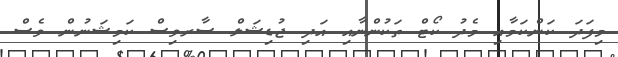
މިފަދަ ކަންކަމާއި މެދު ކޯޓް ތަކުންނާއި އަދި ޖުޑިޝަލް ސާރވިސް ކަމިޝަނުން ވެސް